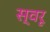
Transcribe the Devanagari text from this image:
स्वरू